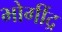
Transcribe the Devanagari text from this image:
भोगींद्र